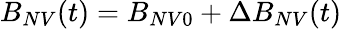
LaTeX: {B_{NV}(t)=B_{NV0}+\Delta B_{NV}(t)}